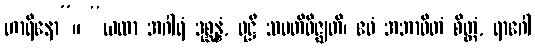
ဟာရိနော”။ “ယထာ အဂါရံ ဒုစ္ဆန္နံ, ဝုဋ္ဌီ သမတိဝိဇ္ဈတိ၊ ဧဝံ အဘာဝိတံ စိတ္တံ, ရာဂေါ